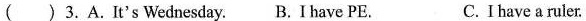
( )3.A.It's Wednesday. B. I have PE. C.Ihave a ruler.